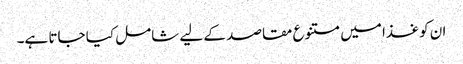
ان کو غذا میں متنوع مقاصد کے لیے شامل کیا جاتا ہے۔